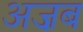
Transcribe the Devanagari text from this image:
अज़ब